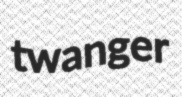
twanger